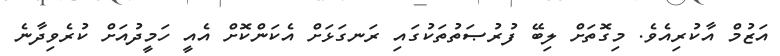
އަޒުމް އާކުރިއެވެ. މިގޮތަށް ލިބޭ ފުރުޞަތުތަކުގައި ރަނގަޅަށް އެކަންކޮށް އެއީ ހަމީދުއަށް ކުރެވިދާނެ